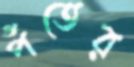
পঁতের